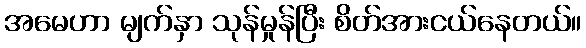
အမေဟာ မျက်နှာ သုန်မှုန်ပြီး စိတ်အားငယ်နေတယ်။